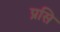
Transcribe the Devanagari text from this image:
प्रसि